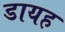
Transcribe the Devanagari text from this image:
डायह